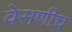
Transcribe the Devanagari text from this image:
वेसणीच